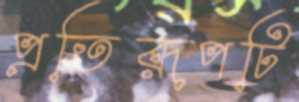
প্রতিরূপটি